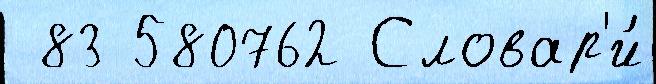
 83 580762 Словар'и́